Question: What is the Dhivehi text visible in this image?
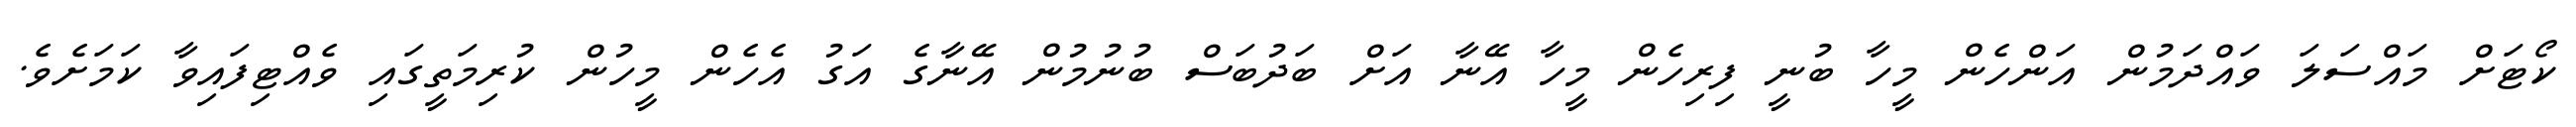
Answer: ކޯޓަށް މައްސަލަ ވައްދަމުން އަންހެން މީހާ ބުނީ ފިރިހެން މީހާ އޭނާ އަށް ބަދުބަސް ބުނުމުން އޭނާގެ އަގު އެހެން މީހުން ކުރިމަތީގައި ވެއްޓިފައިވާ ކަމަށެވެ.